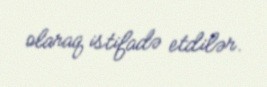
olaraq istifadə etdilər.